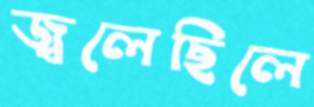
জ্বলেছিলে